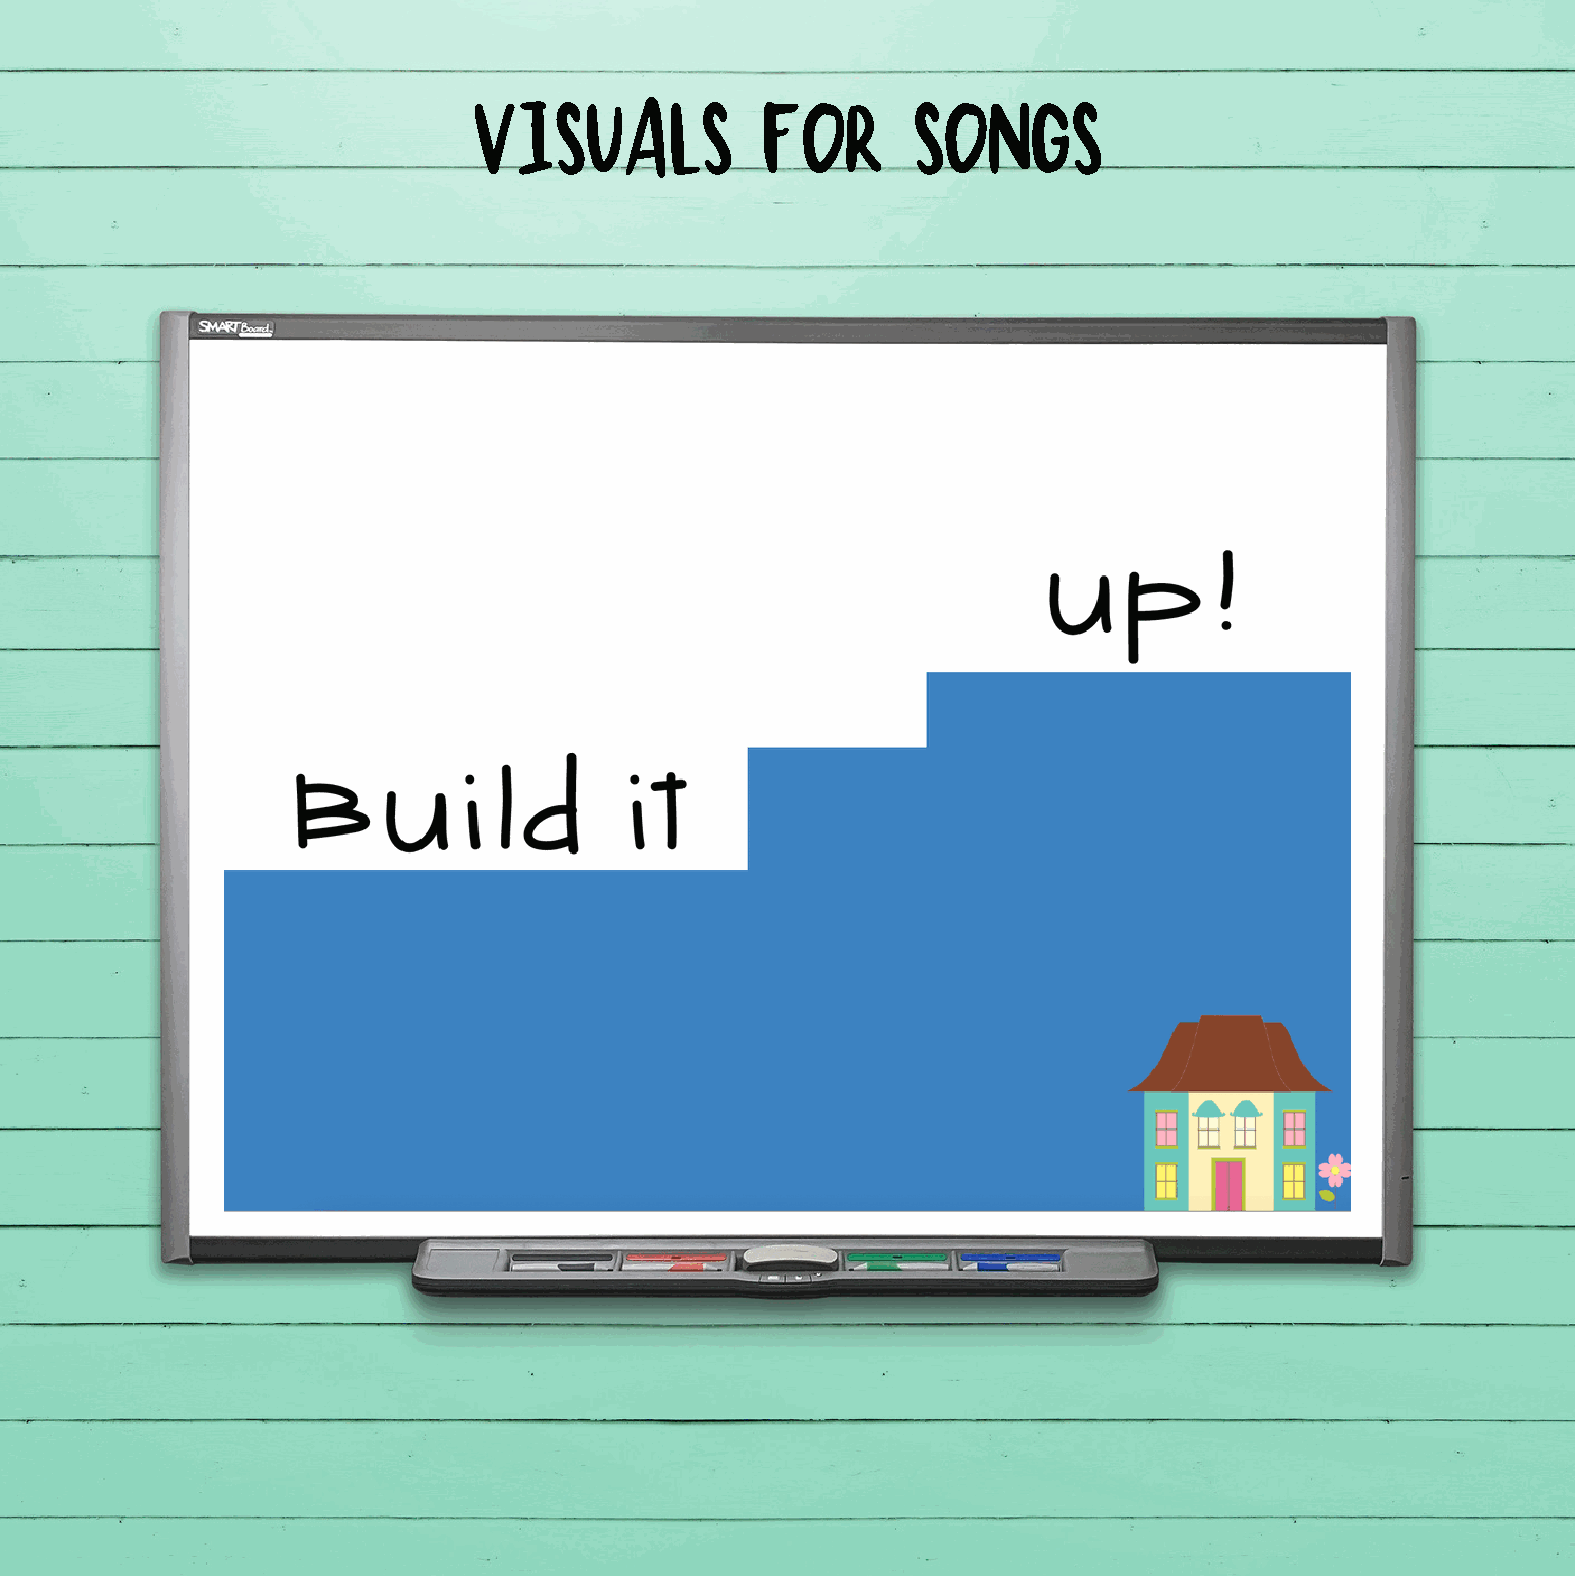
Visuals            for       songs